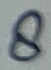
Text: 8